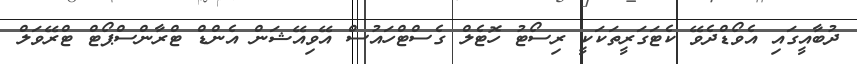
ދުބާއީގައި އެވޯޑްދެވޭ ކެޓަގަރީތަކަކީ ރިސޯޓު ހޮޓެލް ގެސްޓްހައުސް އޭވިއޭޝަން އެންޑް ޓްރާންސްޕޯޓް ޓްރޭވަލް